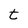
Character: t